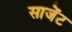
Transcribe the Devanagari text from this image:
साजेंट